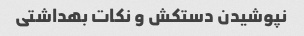
نپوشیدن دستکش و نکات بهداشتی